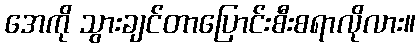
အေကို သွားချင်တာပြောင်းစီးစရာလိုလား။